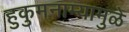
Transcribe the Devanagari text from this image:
हुकुमनाम्यामुळे